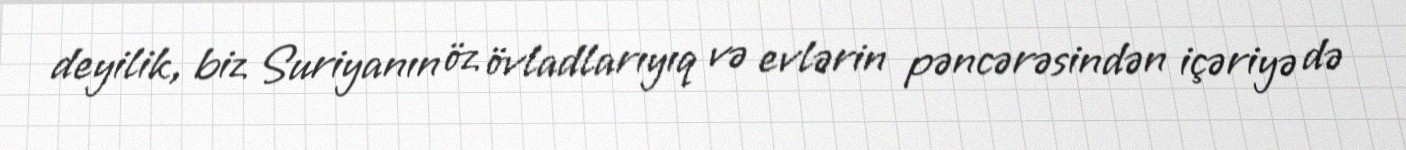
deyilik, biz Suriyanın öz övladlarıyıq və evlərin pəncərəsindən içəriyə də